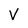
Character: V